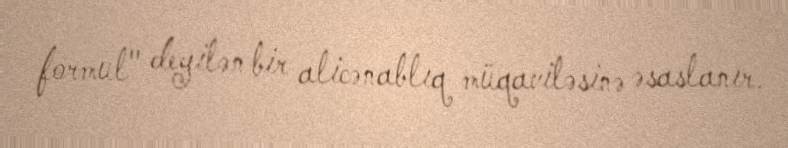
formul" deyilən bir alicənablıq müqaviləsinə əsaslanır.